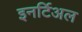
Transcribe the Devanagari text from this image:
इनर्टिअल